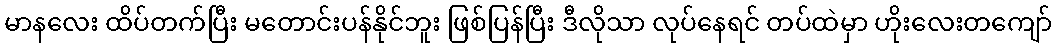
မာနလေး ထိပ်တက်ပြီး မတောင်းပန်နိုင်ဘူး ဖြစ်ပြန်ပြီး ဒီလိုသာ လုပ်နေရင် တပ်ထဲမှာ ဟိုးလေးတကျော်